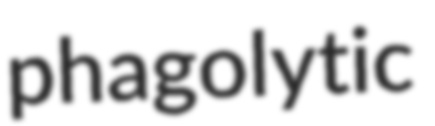
phagolytic